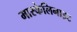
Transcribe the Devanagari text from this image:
मास्केलिनाइट